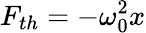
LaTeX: F_{th}=-\omega_{0}^{2}x